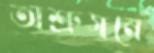
অশ্রুসনে